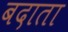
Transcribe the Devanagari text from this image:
बदाता